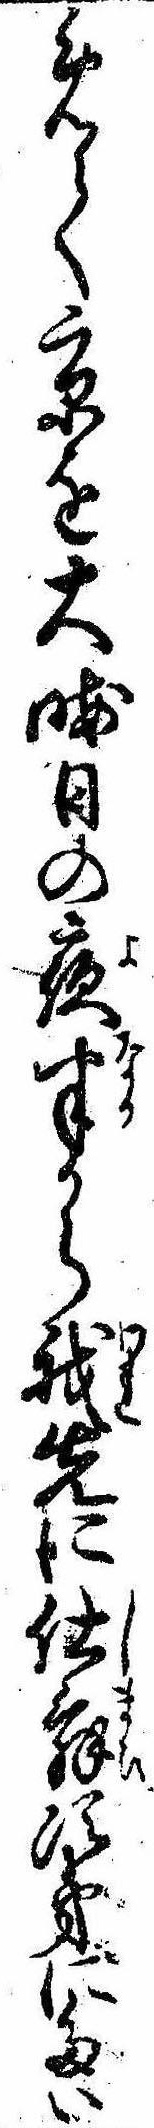
めて京を大晦日の夜半から我先に仕舞次第にたい